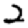
Digit: 2